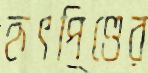
হৃৎপিণ্ডের